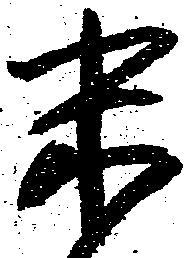
末